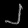
Digit: ၂